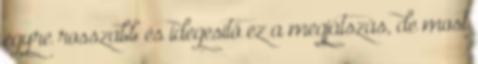
egyre rosszabb és idegesítő ez a megjátszás, de most